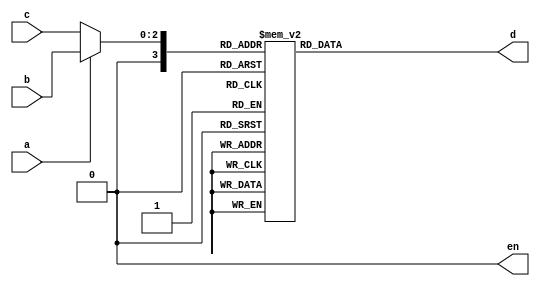
//
// 4     A
//a1b0c
// 1 2 3 B
// 6 7 8 C
//
//key1 key2 key3 key4 

module mux(a,b,c,d,en);

input a;        // 4     A
                //a1b0c
              
input[2:0]b;    // 1 2 3 B
input[2:0]c;    // 6 7 8 C
output[7:0] d;  //7

reg[7:0] d;
output en;

wire[3:0] d_tmp;

assign en=0;

assign d_tmp=a? b:c;

always@(d_tmp)
begin

//7
	case(d_tmp)
		4'b0000:
			d=8'b11000000;
		4'b0001:
			d=8'b11111001;
		4'b0010:
			d=8'b10100100;
		4'b0011:
			d=8'b10110000;
		4'b0100:
			d=8'b10011001;
		4'b0101:
			d=8'b10010010;
		4'b0110:
			d=8'b10000010;
		4'b0111:
			d=8'b11111000;
		4'b1000:
			d=8'b10000000;
		4'b1001:
			d=8'b10010000;
		4'b1010:
			d=8'b10001000;
		4'b1011:
			d=8'b10000011;
		4'b1100:
			d=8'b11000110;
		4'b1101:
			d=8'b10100001;
		4'b1110:
			d=8'b10000110;
		4'b1111:
			d=8'b10001110;
	 endcase
end
endmodule